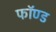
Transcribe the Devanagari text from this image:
फॉण्ड